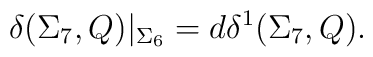
\delta(\Sigma_7,Q)|_{\Sigma_6}=d\delta^1(\Sigma_7,Q).